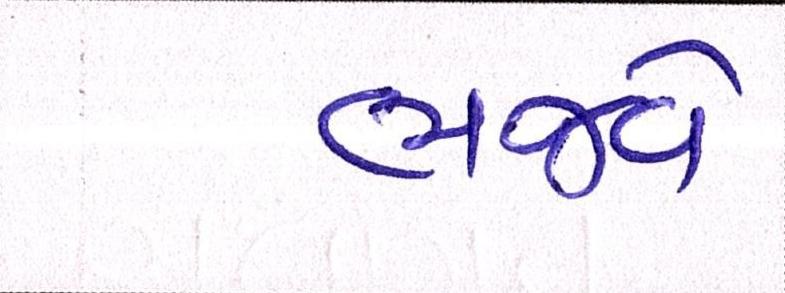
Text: ભજવે